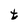
Character: t